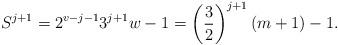
LaTeX: \begin{align*}S^{j+1} = 2^{v-j-1}3^{j+1}w-1 = \left( \frac{3}{2}\right)^{j+1} (m+1) - 1. \end{align*}